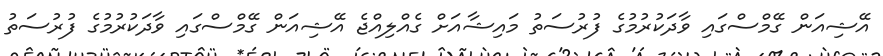
އޭޝިއަން ގޭމްސްގައި ވާދަކުރުމުގެ ފުރުސަތު މައިޝާއަށް ގެއްލިއްޖެ އޭޝިއަން ގޭމްސްގައި ވާދަކުރުމުގެ ފުރުސަތު